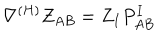
\nabla ^ { ( H ) } Z _ { A B } = Z _ { I } P _ { A B } ^ { I }